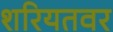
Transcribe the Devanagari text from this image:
शरियतवर